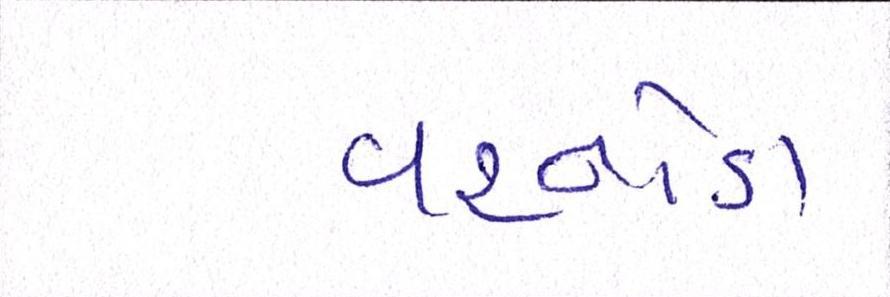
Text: વરનોડા